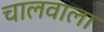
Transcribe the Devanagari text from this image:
चालवाला